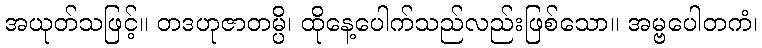
အယုတ်သဖြင့်။ တဒဟုဇာတမ္ပိ၊ ထိုနေ့ပေါက်သည်လည်းဖြစ်သော။ အမ္ဗပေါတကံ၊